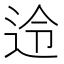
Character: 𮞊